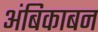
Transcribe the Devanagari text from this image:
अंबिकाबन